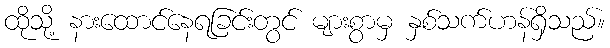
ထိုသို့ နားထောင်နေရခြင်းတွင် များစွာမှ နှစ်သက်ဟန်ရှိသည်။